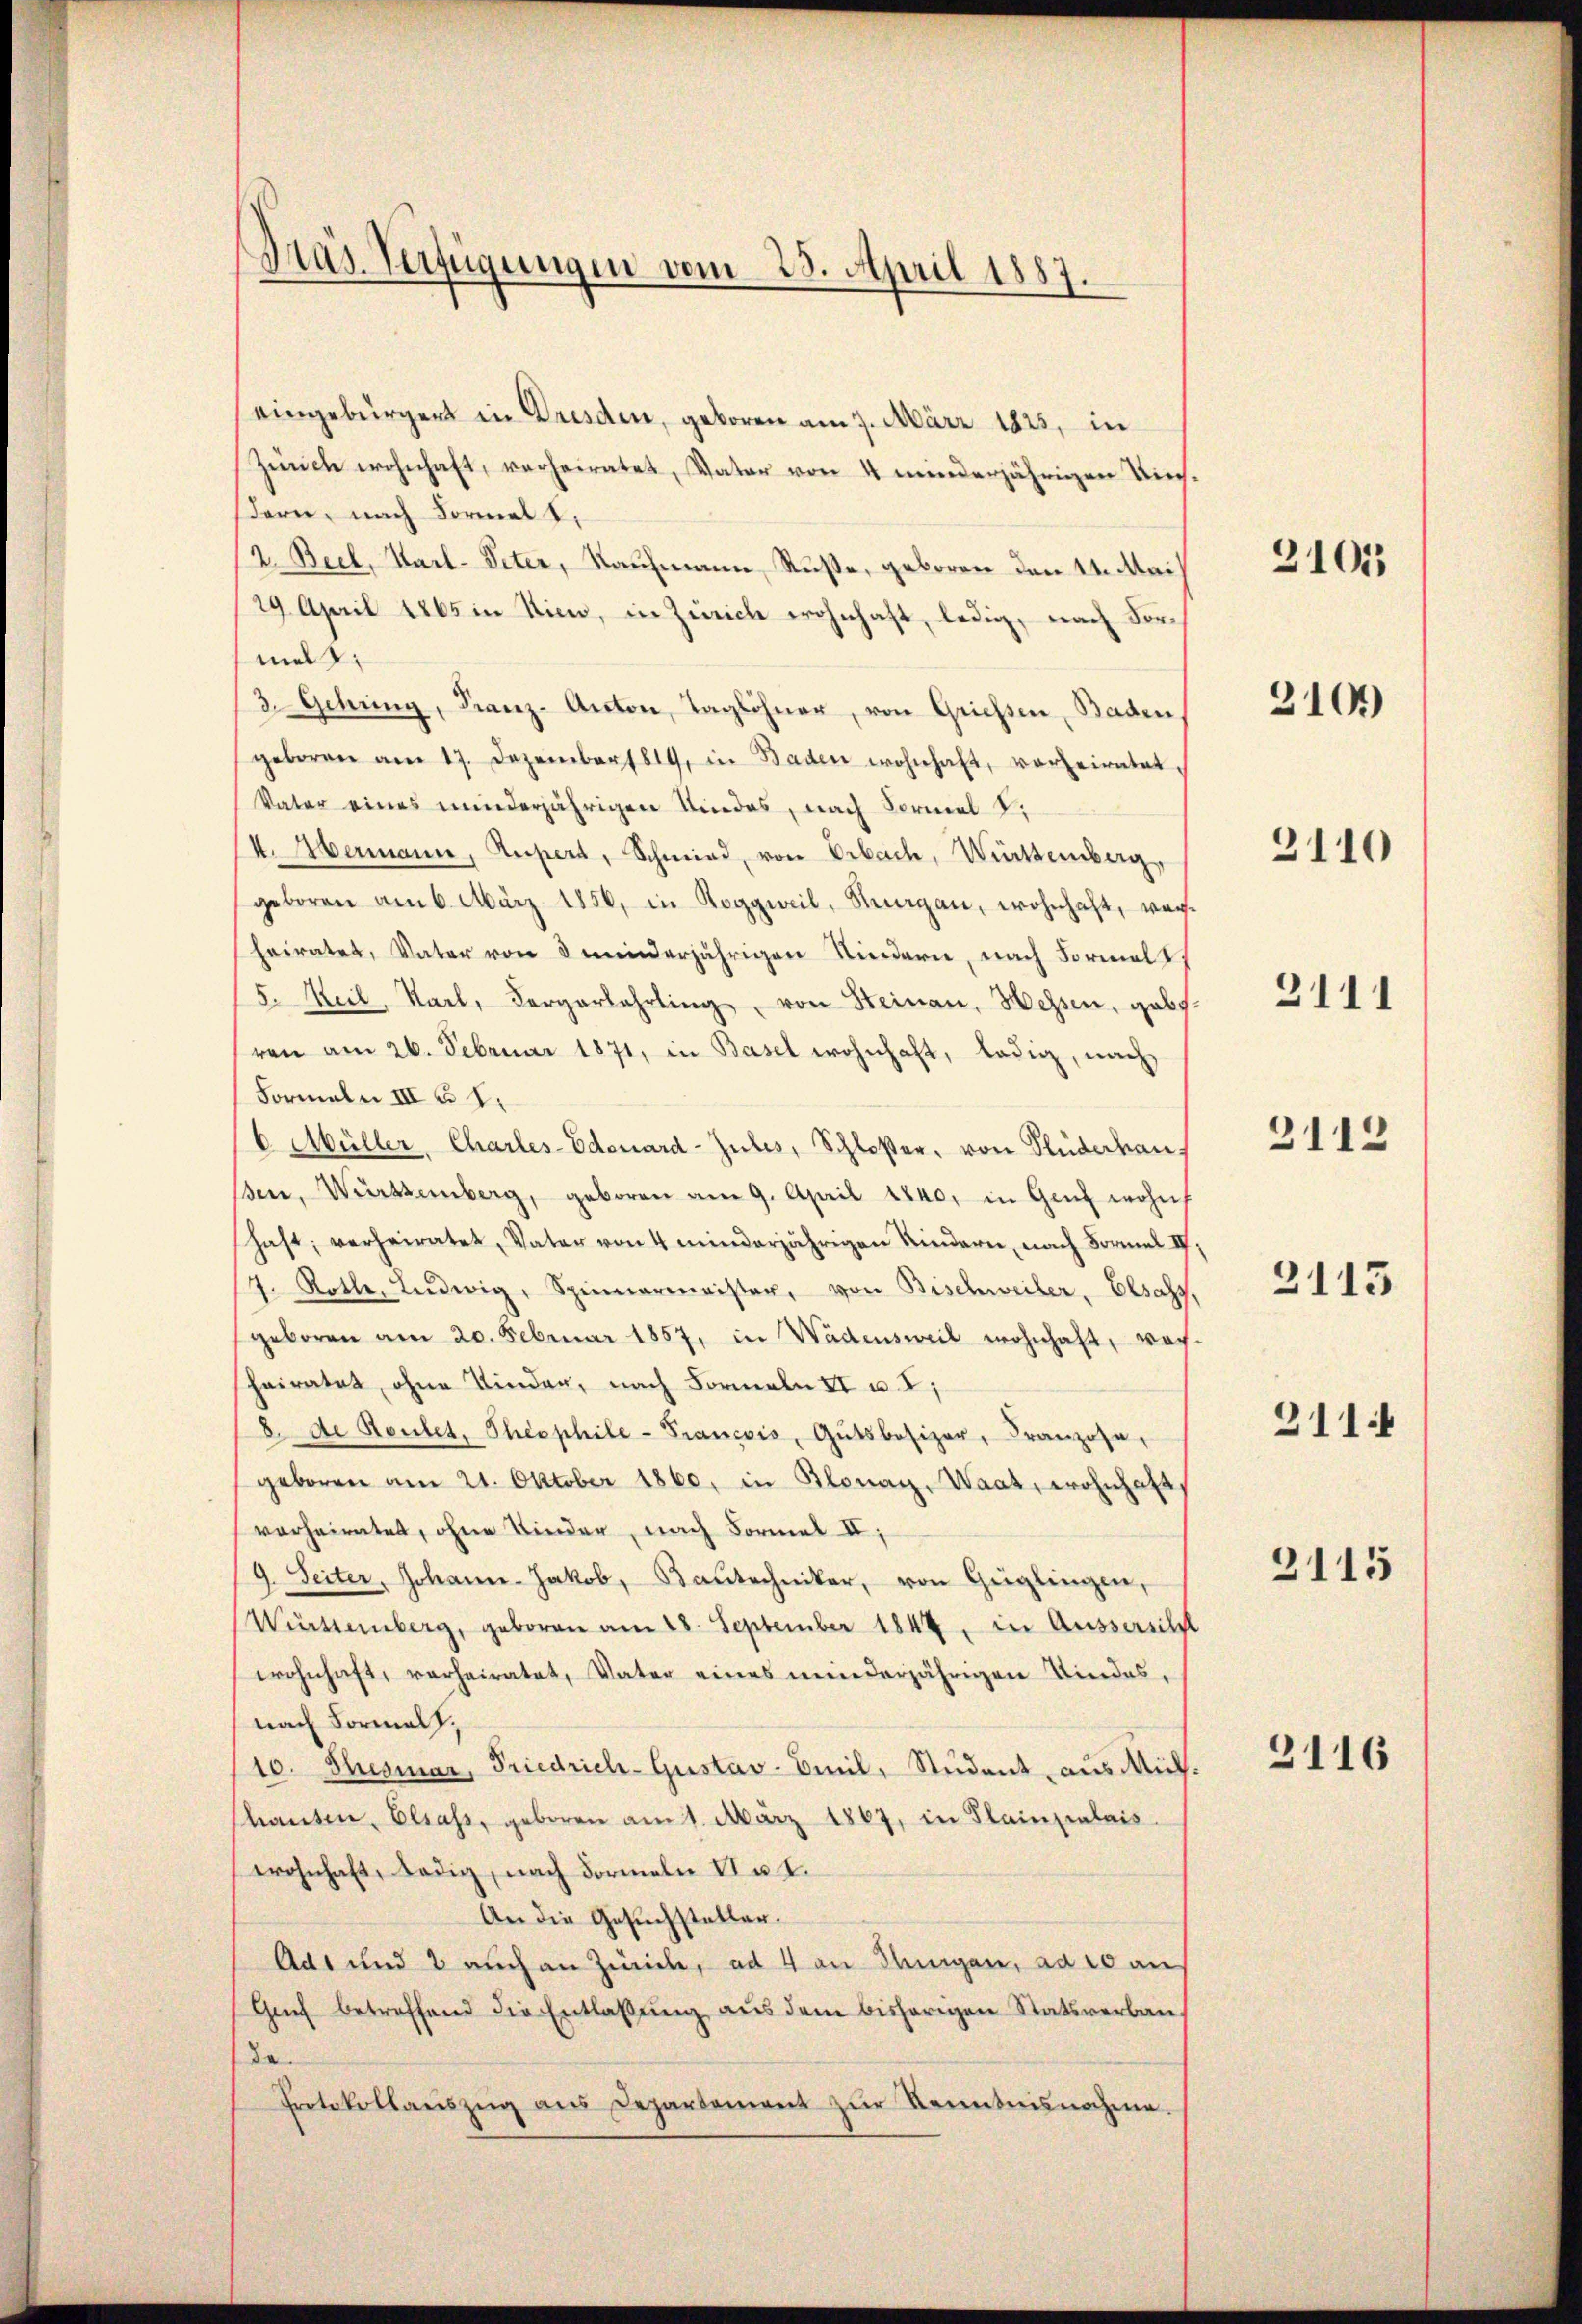
Pras. Verfügungen vom 23. April 1887.

eingebürgert in Dresden, geboren am 7. März 1825, in
Zürich wohnhaft, verheiratet, Vater von 4 minderjährigen Tiechdern, nach Formal S.
2. Beck, Karl-Peter, Kaufmann Ruße, geboren den 11. Mai
29. April 1865 in Nien, in Zürich wohnhaft, ledig, nach Vormal:
3. Gebung, Franz-Anton, Taglöhner, von Griessen, Baden
geboren am 17. Dezember 1819, in Baden wohnhaft, vorheiratet.
Vater eines minderjährigen Kindes, nach Formal d.
II. Abermann, Supert, Schmied, von Erbach, Württemberg,
geboren am 6. März 1856, in Roggweil, Ragan, wohnhaft, ver
heiratet, Vater von 3 minderjährigen Kindern, nach Formal
5. Keil, Karl, Vergerbahrling, von Steinau, Hessen, gab.
ren am 26. Februar 1871, in Basel wohnhaft, ledig, nach
Formeln III § 1.
6. Müller, Charles-Edouard-Zules, Schloßer, von Flüdedan
ssen, Württemberg, geboren am 9. April 1840, in Genf wohn
hast, verheiratet, Vater von 4 minderjährigen Kindern, nach Formel IV.
7. Roth, Ludwig, Spinnermeister, von Bischweiler, Elsass,
geboren am 20. Februar 1857, in Wädensweil wohnhaft, woch
heiratet, ohne Kinder, nach Formeln II u. 2;
8. de Routes, Theophile-Francois, Gutsbesizer, Franzose,
geboren am 21. Oktober 1860, in Blonay, Waat, wohnhaft,
verheiratet, ohne Kinder, nach Formal II,
9. Seiter, Johann-Jakob, Baŭtechniker, von Geglingen,
Württemberg, geboren am 28. September 1844, in Ausserscht
wohnhaft, verheiratet, Vater eines minderjährigen Kindes,
nach Formals,
10. Thismar, Friedrich-Gustav Smil, Student, aus Mich
haŭsen, Elsass, geboren am 1. März 1867, in Plainzialais
wohnhaft, ledig, nach Formeln VI u. I.
An die Gesuchsteller.
Adt und 2 auch an Zürich, ad 4 an Dingen, ad 10 an
Gŭch betreffend die Entlaβŭng aŭs dem bisherigen Statsverbau-
da
Protokollaŭszŭg aŭs Departement zŭr Kenntnisnahme.

3101

2109

3110

3111

3112

2116

2113
211.
3115